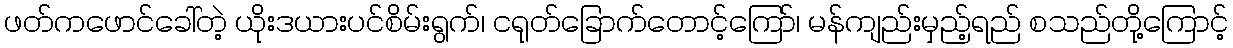
ဖတ်ကဖောင်ခေါ်တဲ့ ယိုးဒယားပင်စိမ်းရွက်၊ ငရုတ်ခြောက်တောင့်ကြော်၊ မန်ကျည်းမှည့်ရည် စသည်တို့ကြောင့်